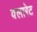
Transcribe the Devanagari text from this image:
क्लारेट